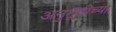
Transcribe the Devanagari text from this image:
अनुभूतीच्या